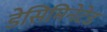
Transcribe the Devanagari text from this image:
डेसिमिनेटेड